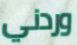
وردني